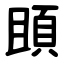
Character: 䪶